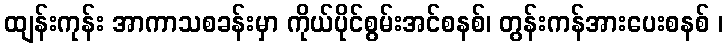
ထျန်းကုန်း အာကာသစခန်းမှာ ကိုယ်ပိုင်စွမ်းအင်စနစ်၊ တွန်းကန်အားပေးစနစ် ၊